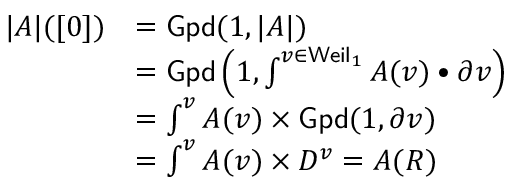
\begin{array} { r l } { | A | ( [ 0 ] ) } & { = \mathsf { G p d } ( 1 , | A | ) } \\ & { = \mathsf { G p d } \left( 1 , \int ^ { v \in \mathsf { W e i l } _ { 1 } } A ( v ) \bullet \partial v \right) } \\ & { = \int ^ { v } A ( v ) \times \mathsf { G p d } ( 1 , \partial v ) } \\ & { = \int ^ { v } A ( v ) \times D ^ { v } = A ( R ) } \end{array}